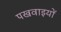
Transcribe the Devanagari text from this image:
पखवाइयों